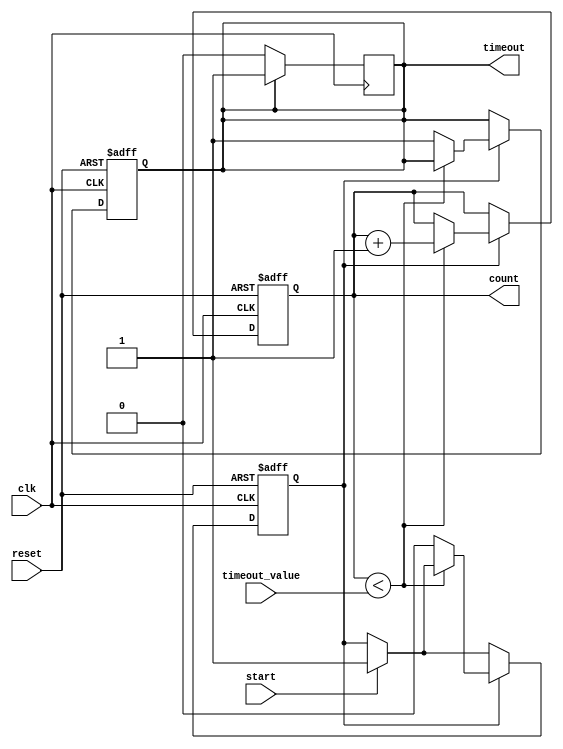
module TimeoutCounter #(
    parameter COUNTER_WIDTH = 8 // Parameter for the bit-width of the counter
)(
    input wire clk,                // Clock input
    input wire reset,              // Asynchronous active-high reset
    input wire start,              // Active-high signal to start the counting
    input wire [COUNTER_WIDTH-1:0] timeout_value, // Configurable timeout value
    output reg timeout,            // Active-high timeout signal
    output reg [COUNTER_WIDTH-1:0] count // Current count value
);

    // Internal signal to hold the counting state
    reg counting;

    // Asynchronous reset and normal operation
    always @(posedge clk or posedge reset) begin
        if (reset) begin
            // Reset everything
            timeout <= 1'b0;
            count <= 0;
            counting <= 1'b0; // Not counting
        end else begin
            if (start) begin
                counting <= 1'b1; // Start counting
            end
            
            if (counting) begin
                // Increment the count
                if (count < timeout_value) begin
                    count <= count + 1;
                end else begin
                    // Timeout reached
                    timeout <= 1'b1;
                    counting <= 1'b0; // Stop counting
                end
            end 
        end
    end

    // Handle state control when the timeout signal is asserted
    always @(posedge clk) begin
        if (timeout) begin
            // If timeout is already asserted, do nothing
            // As timeout is latched, it will not change unless reset is asserted
            // The count will remain at the last value before timeout.
        end else if (counting) begin
            timeout <= 1'b0; // Ensure timeout is cleared when counting is occurring
        end
    end

endmodule